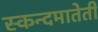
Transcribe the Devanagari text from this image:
स्कन्दमातेती